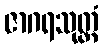
ဇာဂရသုတ္တံ